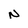
Character: N